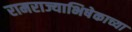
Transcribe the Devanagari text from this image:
रामराज्याभिषेकाच्या